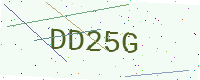
Text: DD25G